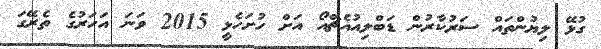
ގުޅޭ ލިޔުންތައް ސަރުކާރުން ޑަބްލިއުއެޗްއޯ އަށް ހުށަހެޅީ 2015 ވަނަ އަހަރުގެ ތެރޭގަ